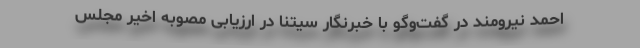
احمد نیرومند در گفت‌وگو با خبرنگار سیتنا در ارزیابی مصوبه اخیر مجلس